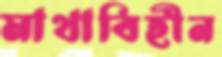
মাথাবিহীন